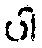
ပါ